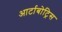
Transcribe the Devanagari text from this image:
आर्टाबोट्रिस